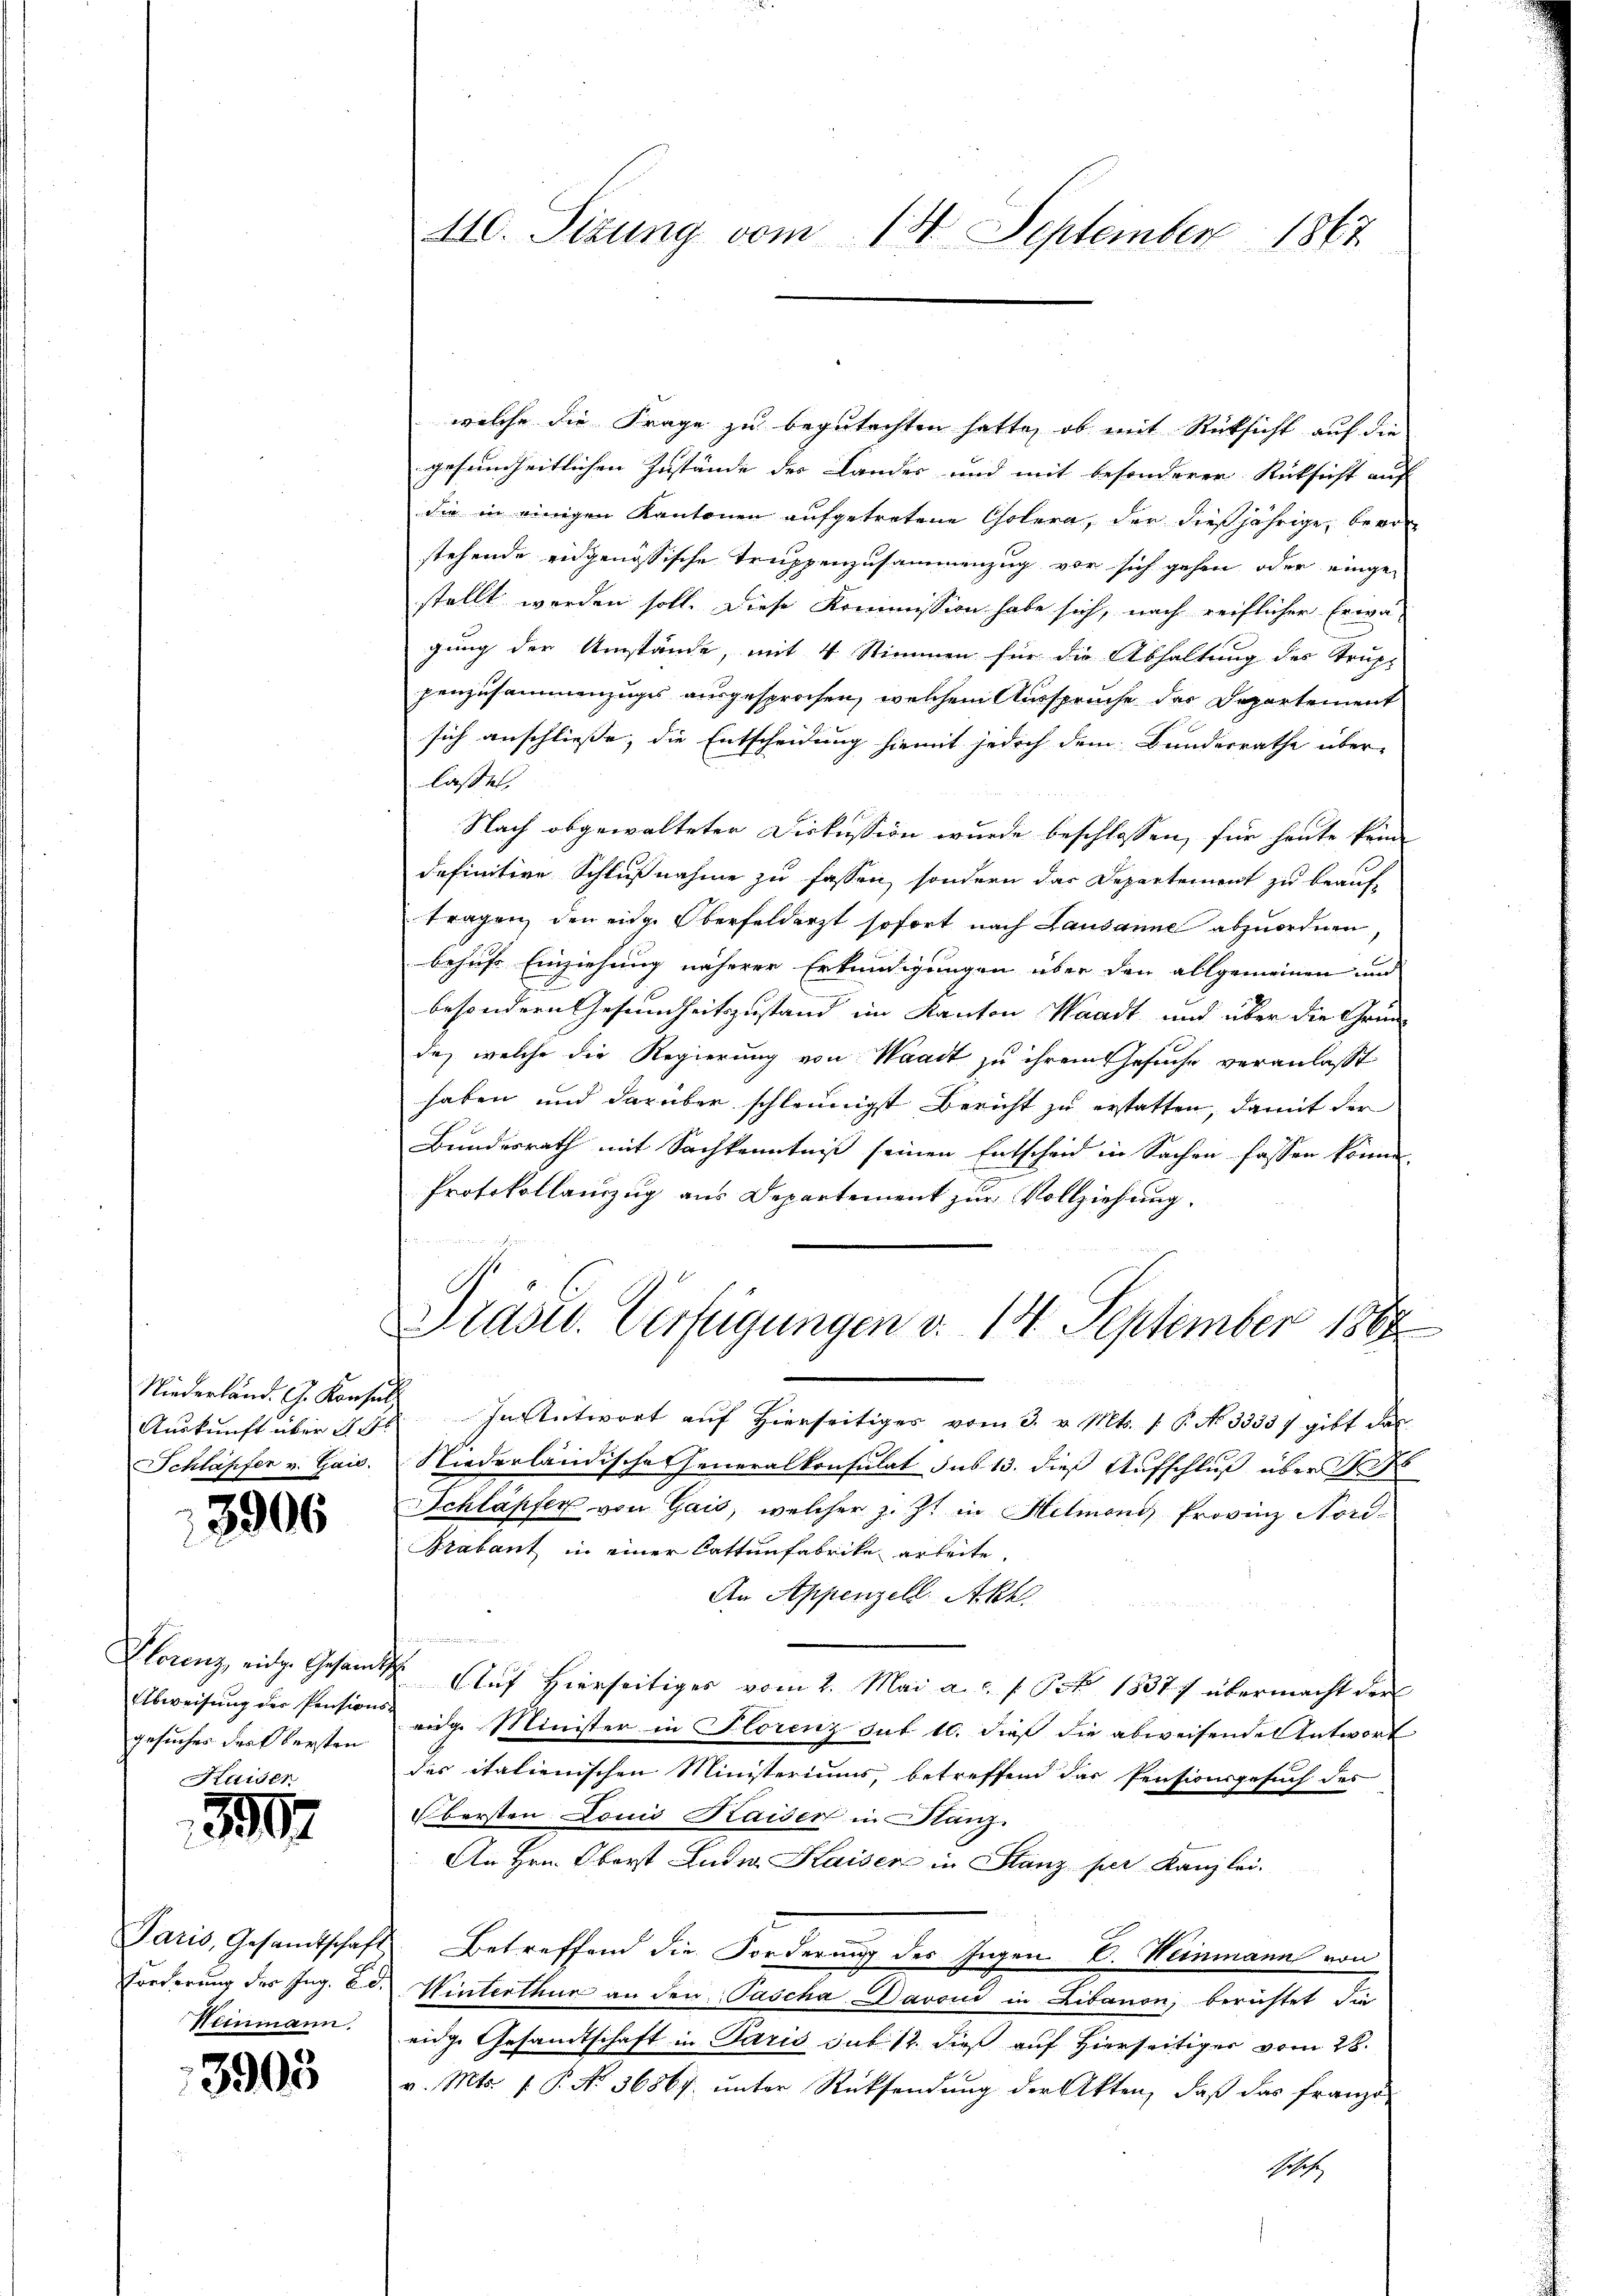
Niederland. G. Konsul
Auskunft über d. d.
Schläpfer v. Gais.

13906

Florenz, einige Gesandt
Abweisung der Pensions-
gesuches drat versten
Kaiser

3887

Paris, Gesandtschaft
Forderung des Ing. Es
Neinmann.

3905

410. Sizung vom 18. September 1867

welche die Frage zu begutachten hatte, ob mit Rücksicht auf die
gesundheitlichen Zustände der Landes und mit besonderer Rücksicht auf
die in einigen Kantonen aufgetretene Cholera, der dießjährige, bevo
stehende eidgenössische Truppenzusammenzug vor sich gehen oder einge-
stellt worden soll. Diese Kommission habe sich, nach reiflicher Erwä-
gung der Umstände, mit 4 Stimmen für die Abhaltung des Trup-
penzusammenzuges ausgesprochen, welchem Ausspruche der Departement
sich anschliesse, die Entscheidung hiemit jedoch dem Bundesrathe über-
lassen.
Nach abgewalteter Diskussion wurde beschlossen, für heute kein
definitive Schlußnahme zu fassen, sondern das Departement zu beauf-
fragen den eidge Oberfelderst sofort nach Lausanne abzuordnen
behufe Einziehung näherer Erkundigungen über den allgemeinen und
besondern Gesundheitszustand im Kanton Waadt und über die Gründo, welche die Regierung von Waadt zu ihrem Gesuche veranlasst
haben und darüber schleunigst Bericht zu erstatten, damit der
Bundesrath mit Sachkenntniß seinen Entscheid in Sachen fassen können,
Protokollanzug aus Departement zur Vollziehung.
Präsid. Verfügungen v. 14. September 1888
In Antwort auf Hierseitiges vom 3. v. Mts. 1 P. No 33337 gibt das
Niederländische Generalkonsulat sus 13. dieß Aufschluß über 1
Schlapfer von Gais, welcher z. Zt. in Helmand Provinz Nord¬
Brabant in einer Cattenfabrike arbeite,
An Appenzell. Akh.

Auf Hierseitiges vom 2. Mai a. c. f. Pct. 1837 übermacht der
erige Minister in Florenz Tut 10. dieß die abweisende Antwort
des italienischen Ministeriums, betreffend das Pensionsgesuch des
Obersten Louis Kaiser in Glanz.
An Hrn. Oberst Ludw. Kaiser in Stanz per Kanzlei.
Betreffend die Forderung des Ingen. E. Weinmann von
Winterthur an den Pascha Davon in Libanon, berichtet die
eige Gesandtschaft in Paris sub 12. dieß auf Hierseitiger vom 28.
v. Mts. f. P. Nr. 36867. unter Rücksendung der Akten, daβ das franz-
Schoch.